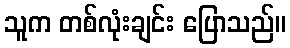
သူက တစ်လုံးချင်း ပြောသည်။